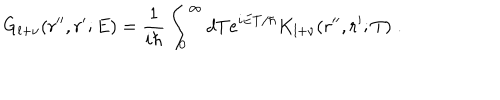
G _ { l + \nu } ( r ^ { \prime \prime } , r ^ { \prime } ; E ) = \frac { 1 } { i \hbar } \int _ { 0 } ^ { \infty } d T e ^ { i E T / \hbar } K _ { l + \nu } ( r ^ { \prime \prime } , r ^ { \prime } ; T ) \; .